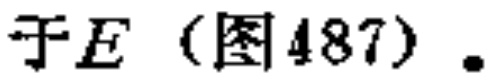
于\(E\)（图487）.